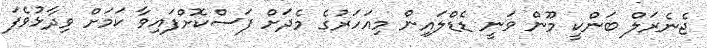
ޖެނެރަލް ބަންކީ މޫން ވަނީ ޑެޑްލައިން މިއަހަރުގެ މެދަށް ފަސްކޮށްފައިވާ ކަމަށް ވިދާޅުވެފަ